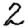
Digit: 2